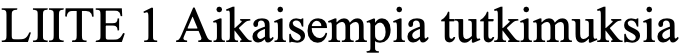
LIITE 1 Aikaisempia tutkimuksia